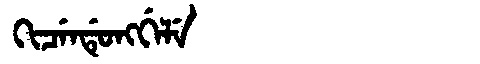
Manchu: ᡴᡳᠴᡝᠨᡩᡠᠩᡤᡝᠯᡝ
Romanization: KICENDUNGGELE